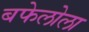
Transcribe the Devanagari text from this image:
बफेलोला